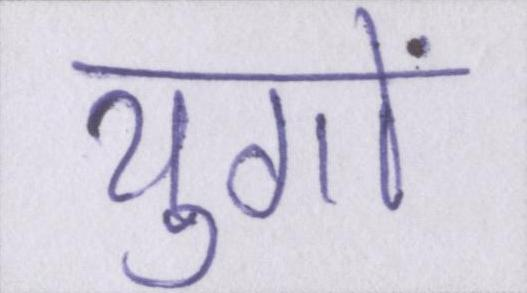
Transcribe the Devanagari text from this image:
युगों